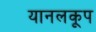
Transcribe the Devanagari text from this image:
यानलकूप